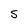
Character: s